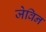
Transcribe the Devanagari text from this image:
जेविन